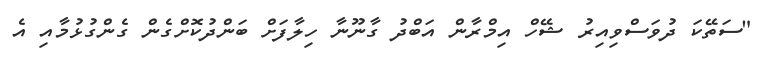
"ސަތޭކަ ދުވަސްވިއިރު ޝޭހް އިމްރާން އަބްދު ގާނޫނާ ހިލާފަށް ބަންދުކޮށްގެން ގެންގުޅުމާއި އެ